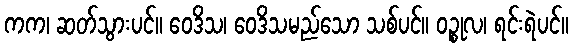
ကက၊ ဆတ်သွားပင်။ ဝေဒိသ၊ ဝေဒိသမည်သော သစ်ပင်။ ဝဉ္စုလ၊ ရင်းရဲပင်။